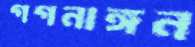
গগনাঙ্গন